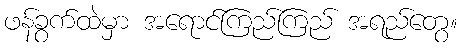
ဖန်ခွက်ထဲမှာ အရောင်ကြည်ကြည် အရည်တွေ။